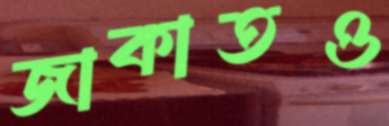
জাকাতও